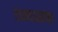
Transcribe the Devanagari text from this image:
रामदासांवर